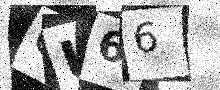
Text: CU66